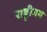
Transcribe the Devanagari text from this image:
राष्ट्रीगय